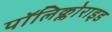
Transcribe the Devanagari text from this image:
पॉलिक्लोराइड